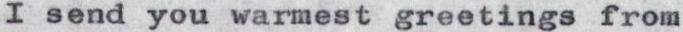
I send you warmest greetings from